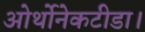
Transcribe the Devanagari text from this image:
ओर्थोनेकटीडा।